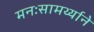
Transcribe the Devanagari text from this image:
मनःसामर्थ्याने